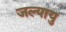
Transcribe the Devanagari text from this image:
जल्यायु